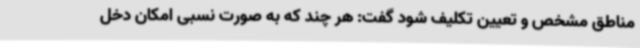
مناطق مشخص و تعیین تکلیف شود گفت: هر چند که به صورت نسبی امکان دخل